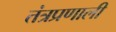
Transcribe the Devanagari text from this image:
तंत्रप्रणाली